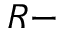
R -